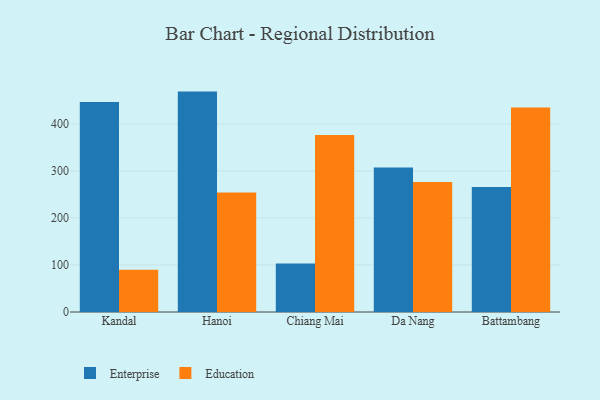
{"axis": {"x": "City", "y": "Revenue (USD Million)"}, "legend": ["Education", "Enterprise"], "data": [{"x": "Kandal", "y": 446.6, "type": "Enterprise"}, {"x": "Kandal", "y": 90.1, "type": "Education"}, {"x": "Hanoi", "y": 468.8, "type": "Enterprise"}, {"x": "Hanoi", "y": 254.0, "type": "Education"}, {"x": "Chiang Mai", "y": 102.9, "type": "Enterprise"}, {"x": "Chiang Mai", "y": 376.5, "type": "Education"}, {"x": "Da Nang", "y": 307.1, "type": "Enterprise"}, {"x": "Da Nang", "y": 276.5, "type": "Education"}, {"x": "Battambang", "y": 265.8, "type": "Enterprise"}, {"x": "Battambang", "y": 434.8, "type": "Education"}]}